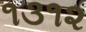
૧૩૧૨